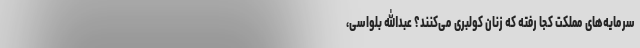
سرمایه‌های مملکت کجا رفته که زنان کولبری می‌کنند؟ عبدالله بلواسی،